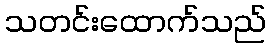
သတင်းထောက်သည်